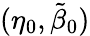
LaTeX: (\eta_{0},\tilde{\beta}_{0})